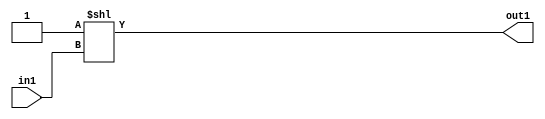
`timescale 1ps / 1ps
/*****************************************************************************
    Verilog RTL Description
    
    
    Created by: CellMath Designer 2019.1.01 
*******************************************************************************/

module DFT_compute_DECODE_8U_5_4 (
	in1,
	out1
	); /* architecture "behavioural" */ 
input [2:0] in1;
output [7:0] out1;
wire [7:0] asc001;

assign asc001 = 8'B00000001 << in1;

assign out1 = asc001;
endmodule

/* CADENCE  urf4SwE= : u9/ySgnWtBlWxVPRXgAZ4Og= ** DO NOT EDIT THIS LINE ******/